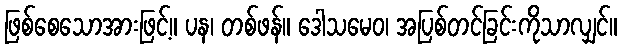
ဖြစ်စေသောအားဖြင့်။ ပန၊ တစ်ဖန်။ ဒေါသမေဝ၊ အပြစ်တင်ခြင်းကိုသာလျှင်။